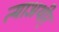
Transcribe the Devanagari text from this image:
त्याअथीर्